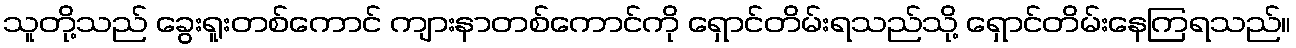
သူတို့သည် ခွေးရူးတစ်ကောင် ကျားနာတစ်ကောင်ကို ရှောင်တိမ်းရသည်သို့ ရှောင်တိမ်းနေကြရသည်။